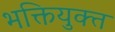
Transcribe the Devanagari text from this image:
भक्तियुक्‍त